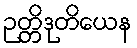
ဉတ္တိဒုတိယေန